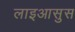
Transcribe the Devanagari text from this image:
लाइआसुस